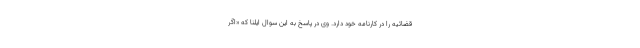
قضائیه را در کارنامه خود دارد. وی در پاسخ به این سوال ایلنا که «اگر